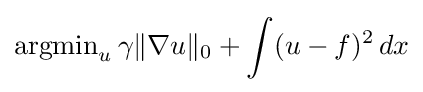
\operatorname {argmin} _{u}\gamma \|\nabla u\|_{0}+\int (u-f)^{2}\,dx